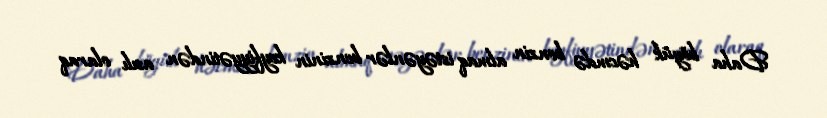
Daha böyük həcmdə benzin almaq istəyənlər benzinin keyfiyyətindən asılı olaraq